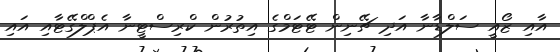
އާއި ޒޯއީ ސަލްޑާނާ އަދި ޗޭނިން ޓޭޓަމްގެ އިތުރުން ކްރިސްޓީނާ އެޕްލްގޭޓާއި އައި